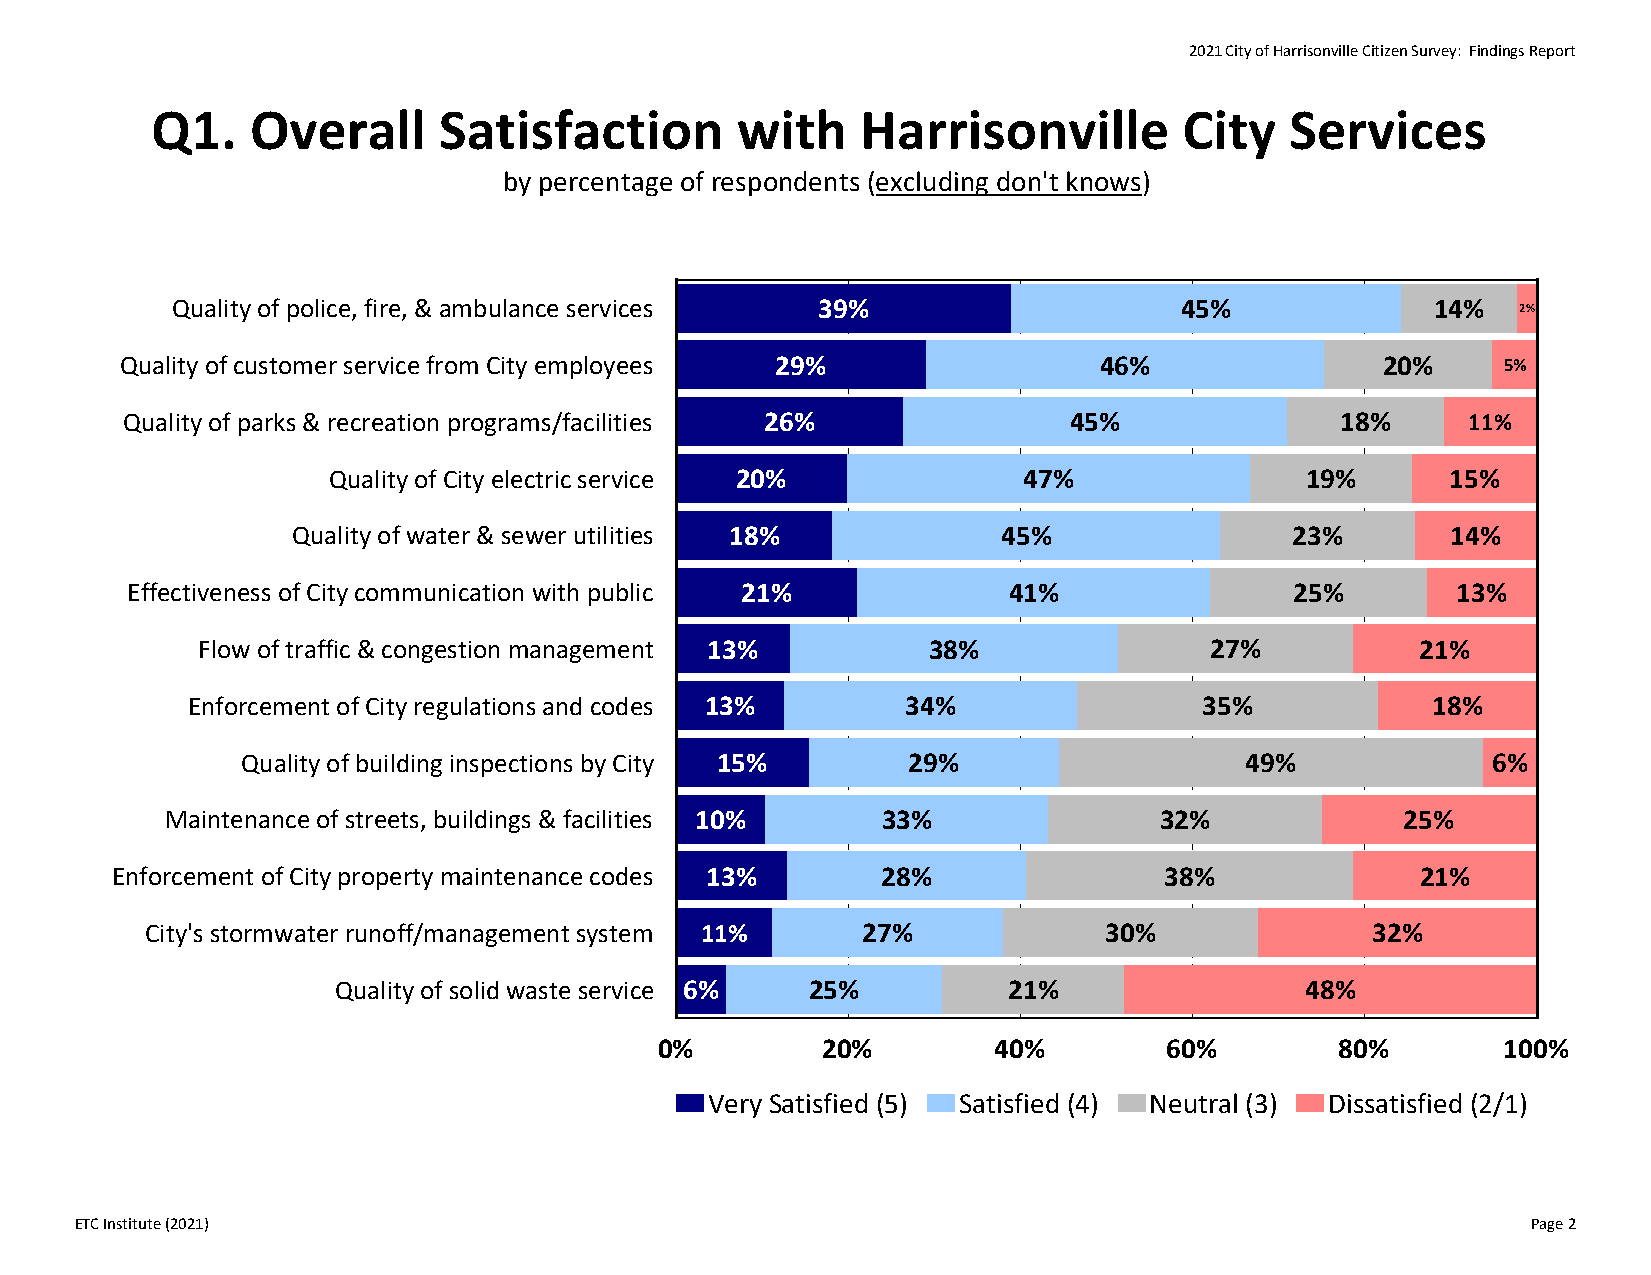
2021 City of Harrisonville Citizen Survey: Findings Report
 Q1.    Overall     Satisfaction        with    Harrisonville        City   Services
 by percentage of respondents (excluding don't knows)
 Quality of police, fire, & ambulance services 39%                  45%              14%   2%
 Quality of customer service from City employees 29%              46%               20%     5%
 Quality of parks & recreation programs/facilities 26%          45%               18%     11%
 Quality of City electric service 20%          47%               19%       15%
 Quality of water & sewer utilities 18%         45%                23%        14%
 Effectiveness of City communication with public 21%        41%                25%       13%
 Flow of traffic & congestion management 13%     38%                27%           21%
 Enforcement of City regulations and codes 13%   34%                 35%            18%
 Quality of building inspections by City 15% 29%                   49%              6%
 Maintenance of streets, buildings & facilities 10% 33%            32%             25%
 Enforcement of City property maintenance codes 13% 28%                38%              21%
 City's stormwater runoff/management system 11% 27%             30%               32%
 Quality of solid waste service 6% 25%        21%                48%
 0%        20%         40%        60%         80%        100%
 Very Satisfied (5) Satisfied (4) Neutral (3) Dissatisfied (2/1)
 ETC Institute (2021)                                                                            Page 2